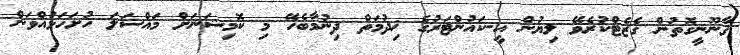
ޤާނޫނީގޮތުން ގެޒެޓްކުރެވޭ ލިޔުން އީ-ކައުންޓަރުގެ ޚިދުމަތް ދިނުމާބެހޭ މި ކޮމިޝަނަށް މައްސަލަ ހުށަހަޅުއްވަން